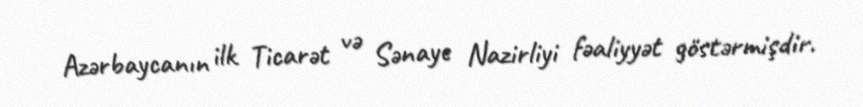
Azərbaycanın ilk Ticarət və Sənaye Nazirliyi fəaliyyət göstərmişdir.